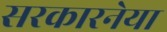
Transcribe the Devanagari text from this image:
सरकारनेया